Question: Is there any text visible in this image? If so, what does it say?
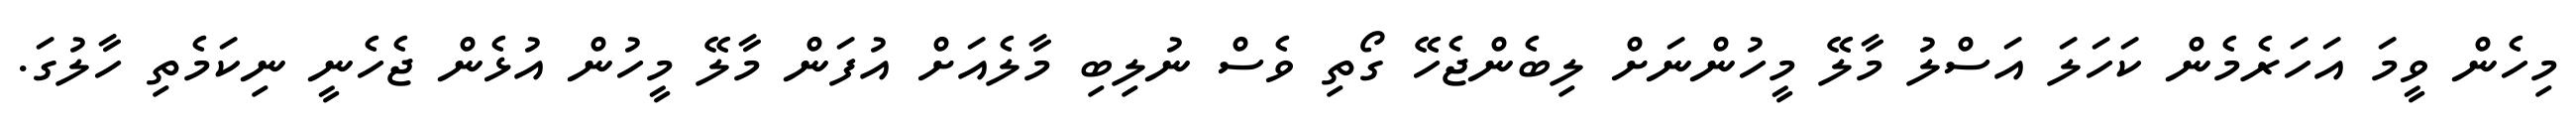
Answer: މިހެން ވީމަ އަހަރެމެން ކަހަލަ އަސްލު މާލޭ މީހުންނަށް ލިބެންޖެހޭ ގޯތި ވެސް ނުލިބި މާލެއަށް އުފަން މާލޭ މީހުން އުޅެން ޖެހެނީ ނިކަމެތި ހާލުގަ.